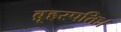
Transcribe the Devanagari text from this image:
ब्रृहस्पतिः।